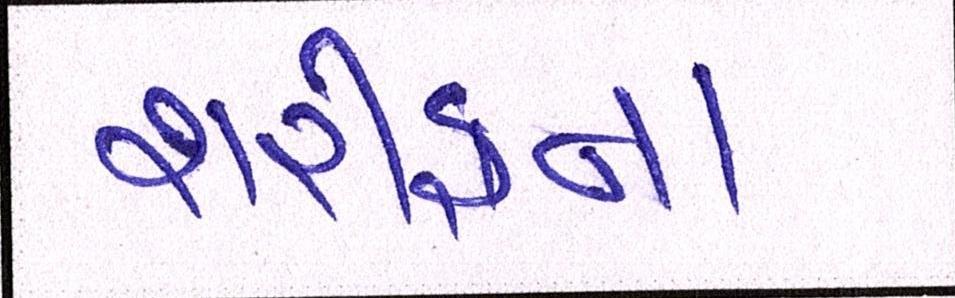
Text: શરીફના